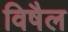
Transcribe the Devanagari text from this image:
विषैल